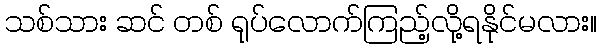
သစ်သား ဆင် တစ် ရုပ်လောက်ကြည့်လို့ရနိုင်မလား။